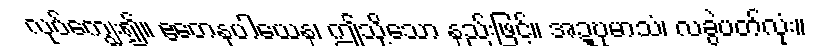
လုပ်ကျွေး၍။ ဧတေနုပါယေန၊ ဤသို့သော နည်းဖြင့်။ အဍ္ဎုမာသံ၊ လခွဲပတ်လုံး။